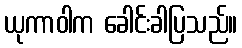
ယုကာဝါက ခေါင်းခါပြသည်။